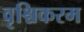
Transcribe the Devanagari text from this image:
वृश्चिकरम